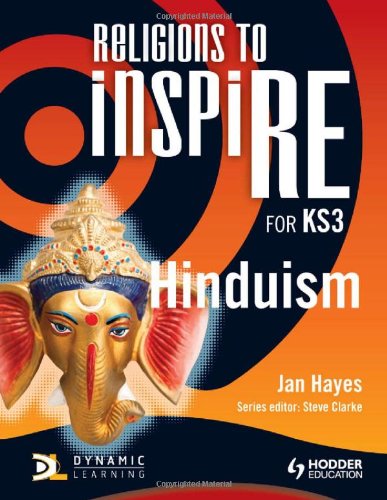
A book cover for Religions to Inspire: Hinduism; Jan Hayes; Teen & Young Adult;